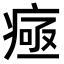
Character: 𤷉